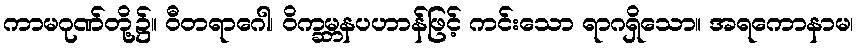
ကာမဂုဏ်တို့၌။ ဝီတရာဂေါ၊ ဝိက္ခမ္ဘနပဟာန်ဖြင့် ကင်းသော ရာဂရှိသော။ အရကောနာမ၊